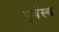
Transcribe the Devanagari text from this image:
पूर्वस्थ